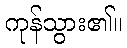
ကုန်သွား၏။